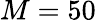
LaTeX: \displaystyle M=50